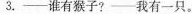
3.——谁有猴子?——我有一只。